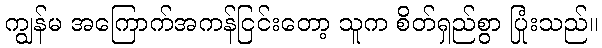
ကျွန်မ အကြောက်အကန်ငြင်းတော့ သူက စိတ်ရှည်စွာ ပြုံးသည်။